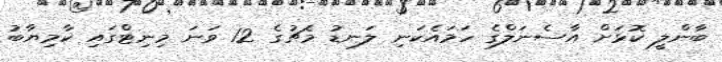
ބާންލީ ކޮޅަށް އާސެނަލްގެ ހަމައެކަނި ލަނޑު މެޗުގެ 12 ވަނަ މިނިޓްގައި ކާމިޔާބު